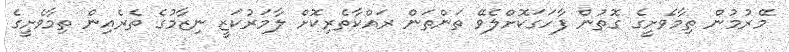
މޭރުމުން ތިމާވެށީގެ ގޮތުން ފާހަގަކޮށްލެވޭ ތަންތަން ރައްކާތެރިކޮށް ލާމަރުކަޒީ ނިޒާމުގެ ތެރެއިން ތިމާވެށީގެ